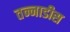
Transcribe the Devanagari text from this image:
तन्नाडीस